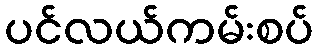
ပင်လယ်ကမ်းစပ်